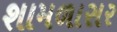
શામળાસર